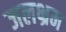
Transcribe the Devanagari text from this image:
जलभ्रम